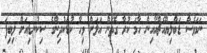
ނަމަވެސް ޑަބްލިޔޫއެޗްއޯއިން ހާމަ ކުރާ ގޮތުން އަލަށް ވިހާ ކުޑަކުދިންގެ ސިކުނޑިއަށް ލިބިފަ